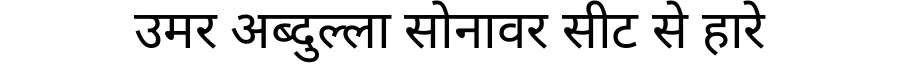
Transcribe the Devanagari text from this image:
उमर अब्दुल्ला सोनावर सीट से हारे